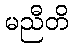
မညီတိ